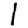
Digit: 1